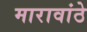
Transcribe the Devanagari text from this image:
मारावांठे